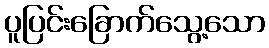
ပူပြင်းခြောက်သွေ့သော